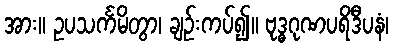
အား။ ဥပသင်္ကမိတွာ၊ ချဉ်းကပ်၍။ ဗုဒ္ဓဂုဏပရိဒီပနံ၊